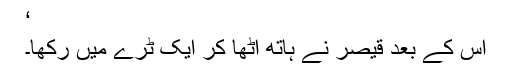
‘
اس کے بعد قیصر نے ہاتھ اٹھا کر ایک ٹرے میں رکھا۔